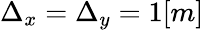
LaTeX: \Delta_{x}=\Delta_{y}=1[m]